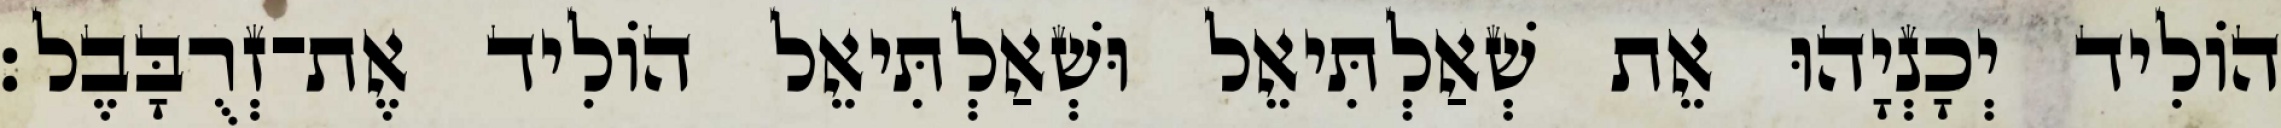
הוֹלִיד יְכָנְיָהוּ אֵת שְׁאַלְתִּיאֵל וּשְׁאַלְתִּיאֵל הוֹלִיד אֶת־זְרֻבָּבֶל׃